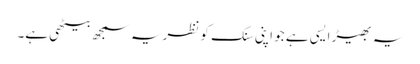
یہ بھیڑ ایسی ہے جو اپنی سنک کو نظریہ سمجھ بیٹھی ہے۔